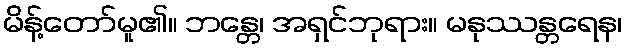
မိန့်တော်မူ၏။ ဘန္တေ၊ အရှင်ဘုရား။ မနုဿန္တရေန၊